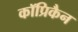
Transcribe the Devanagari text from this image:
कॉप्रिकैन